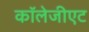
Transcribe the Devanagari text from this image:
कॉलेजीएट